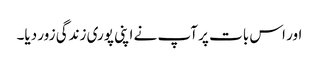
اور اس بات پر آپ نے اپنی پوری زندگی زور دیا۔